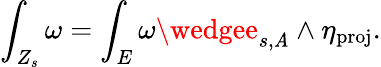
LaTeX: \int_{Z_{s}}\omega=\int_{E}\omega\wedgee_{s,\mathit{A}}\wedge\eta_{\mathrm{{proj}}}.